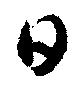
日